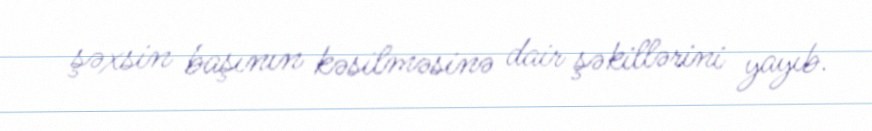
şəxsin başının kəsilməsinə dair şəkillərini yayıb.